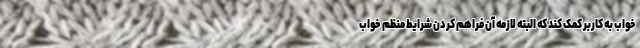
خواب به کاربر کمک کند که البته لازمه آن فراهم کردن شرایط منظم خواب